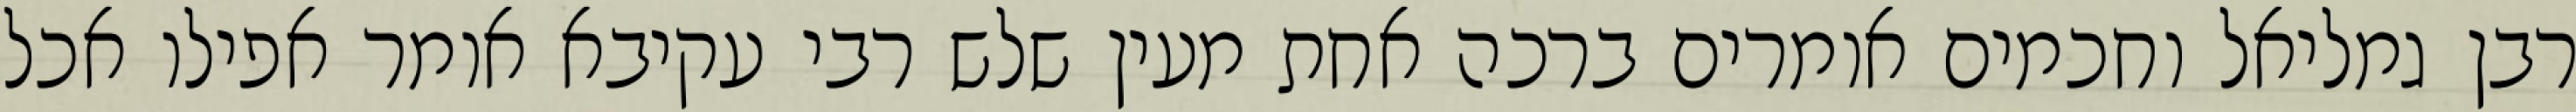
רבן גמליאל וחכמים אומרים ברכה אחת מעין שלש רבי עקיבא אומר אפילו אכל